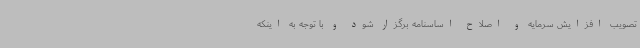
تصویب افزایش سرمایه و اصلاح اساسنامه برگزار شود و با توجه به اینکه